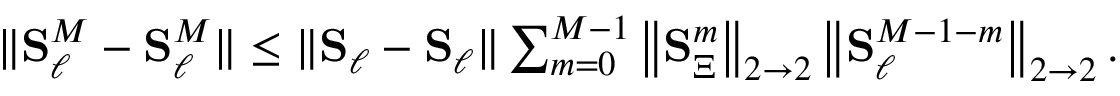
\begin{array} { r } { \| \boldsymbol { \mathbf { S } } _ { \ell } ^ { M } - \boldsymbol { \mathbf { \check { S } } } _ { \ell } ^ { M } \| \le \| \boldsymbol { \mathbf { S } } _ { \ell } - \boldsymbol { \mathbf { \check { S } } } _ { \ell } \| \sum _ { m = 0 } ^ { M - 1 } \left\| \boldsymbol { \mathbf { S } } _ { \Xi } ^ { m } \right\| _ { 2 \to 2 } \left\| \boldsymbol { \mathbf { \check { S } } } _ { \ell } ^ { M - 1 - m } \right\| _ { 2 \to 2 } . } \end{array}